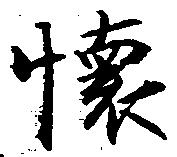
懐